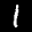
Label: 1